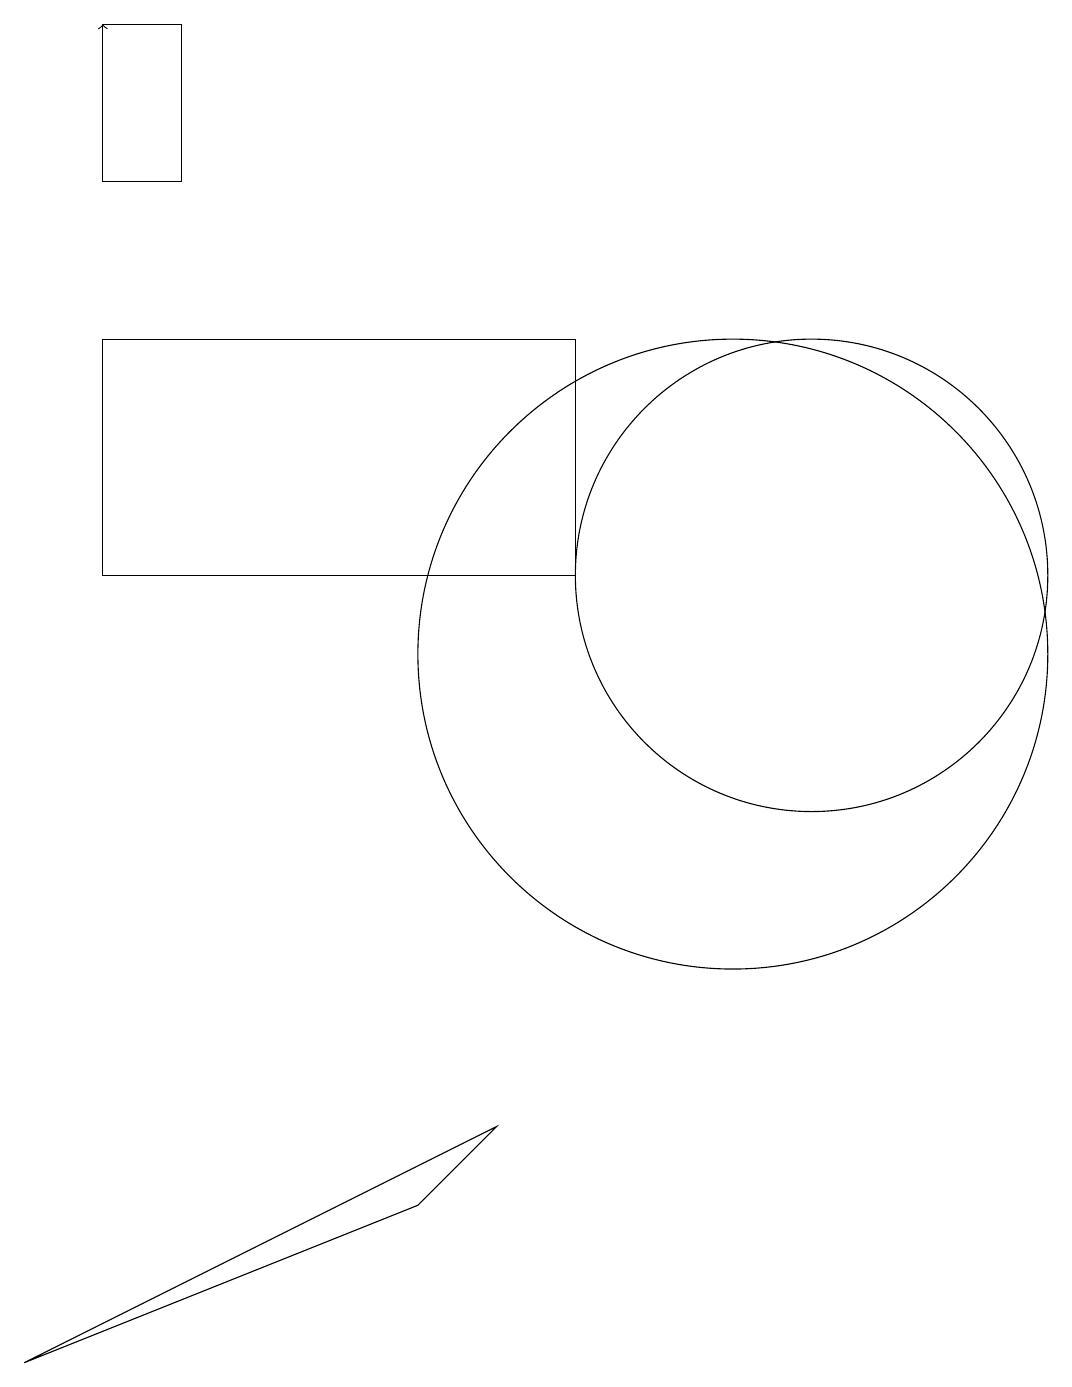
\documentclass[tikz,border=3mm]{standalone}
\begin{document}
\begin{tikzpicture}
\draw (11,10) circle (4);
\draw[->] (3,17) -- (3,18);
\draw (3,18) rectangle (4,16);
\draw (2,1) -- (8,4) -- (7,3) -- cycle;
\draw (12,11) circle (3);
\draw (9,14) rectangle (3,11);
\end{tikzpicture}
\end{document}